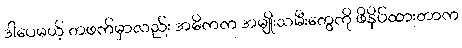
ဒါပေမယ့် တဖက်မှာလည်း အဓိကက အမျိုးသမီးတွေကို ဖိနှိပ်ထားတာက